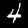
Digit: 4